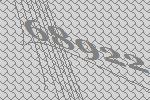
68922